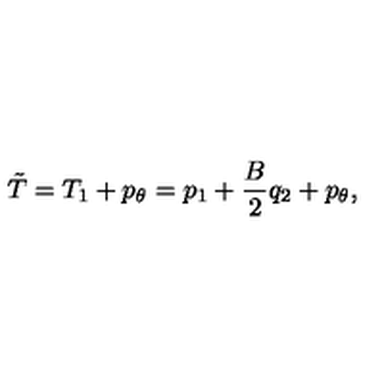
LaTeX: \tilde { T } = T _ { 1 } + p _ { \theta } = p _ { 1 } + \frac { B } { 2 } q _ { 2 } + p _ { \theta } ,